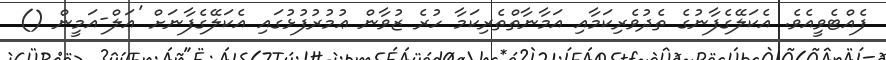
ފެއްޓެވީއެވެ. އެކަލޭގެފާނުގެ ތެދުވެރިކަމާއި އަމާނާތްތެރިކަމާ ހުރެ ޒުވާން ޢުމުރުފުޅުގައި އެކަލޭގެފާނަށް 'އަލް-އަމީން ()